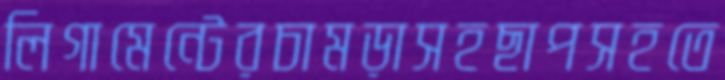
লিগামেন্টেরচামড়াসহছাপসহতে